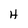
Character: H